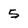
Character: 5